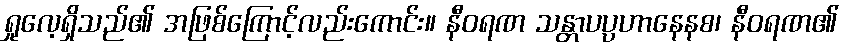
ရှုလေ့ရှိသည်၏ အဖြစ်ကြောင့်လည်းကောင်း။ နီဝရဏ သန္တာပပ္ပဟာနေနစ၊ နီဝရဏ၏